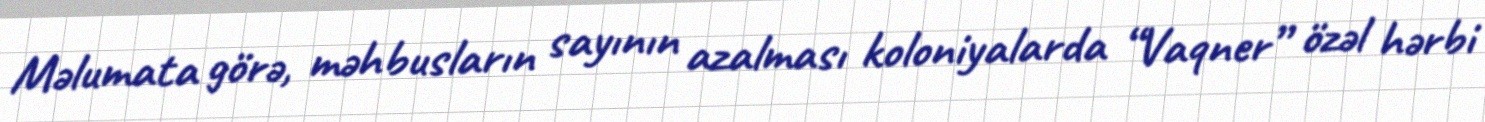
Məlumata görə, məhbusların sayının azalması koloniyalarda “Vaqner” özəl hərbi